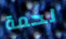
لحمة